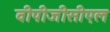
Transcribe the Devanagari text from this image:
वीपीजीसीएल